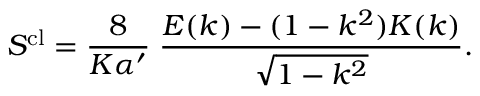
S ^ { \mathrm { c l } } = \frac { 8 } { K \alpha ^ { \prime } } \; \frac { E ( k ) - ( 1 - k ^ { 2 } ) K ( k ) } { \sqrt { 1 - k ^ { 2 } } } .